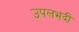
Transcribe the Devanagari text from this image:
उपलभदी